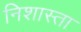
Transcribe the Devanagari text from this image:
निशास्ता